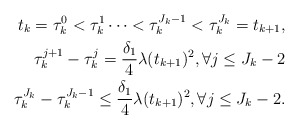
\begin{align*}\begin{aligned}t_{k}=\tau_{k}^{0}<\tau_{k}^{1}\cdots <\tau_{k}^{J_{k}-1}<\tau_{k}^{J_{k}}=t_{k+1},\\\tau_{k}^{j+1}-\tau_{k}^{j}=\frac{\delta_{1}}{4}\lambda(t_{k+1})^{2}, \forall j\leq J_{k}-2\\\tau_{k}^{J_{k}}-\tau_{k}^{J_{k}-1}\leq \frac{\delta_{1}}{4}\lambda(t_{k+1})^{2}, \forall j\leq J_{k}-2.\end{aligned}\end{align*}